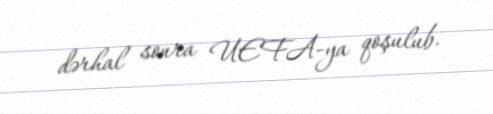
dərhal sonra UEFA-ya qoşulub.